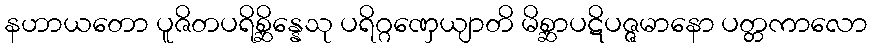
နဟာယတော ပူဇိတပရိစ္ဆိန္နေသု ပရိဂ္ဂဏှေယျာတိ မိစ္ဆာပဋိပဇ္ဇမာနော ပတ္တကာလော